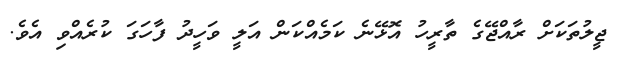
ޖީލުތަކަށް ރާއްޖޭގެ ތާރީހު އޮޅޭނެ ކަމެއްކަން އަލީ ވަހީދު ފާހަގަ ކުރެއްވި އެވެ.